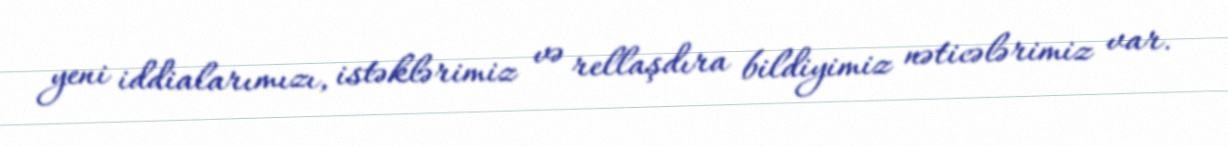
yeni iddialarımızı, istəklərimiz və rellaşdıra bildiyimiz nəticələrimiz var.